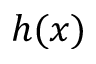
h ( x )